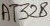
Text: AT328